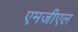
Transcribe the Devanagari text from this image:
एमजीएल